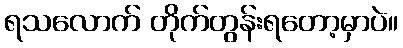
ရသလောက် တိုက်တွန်းရတော့မှာပဲ။